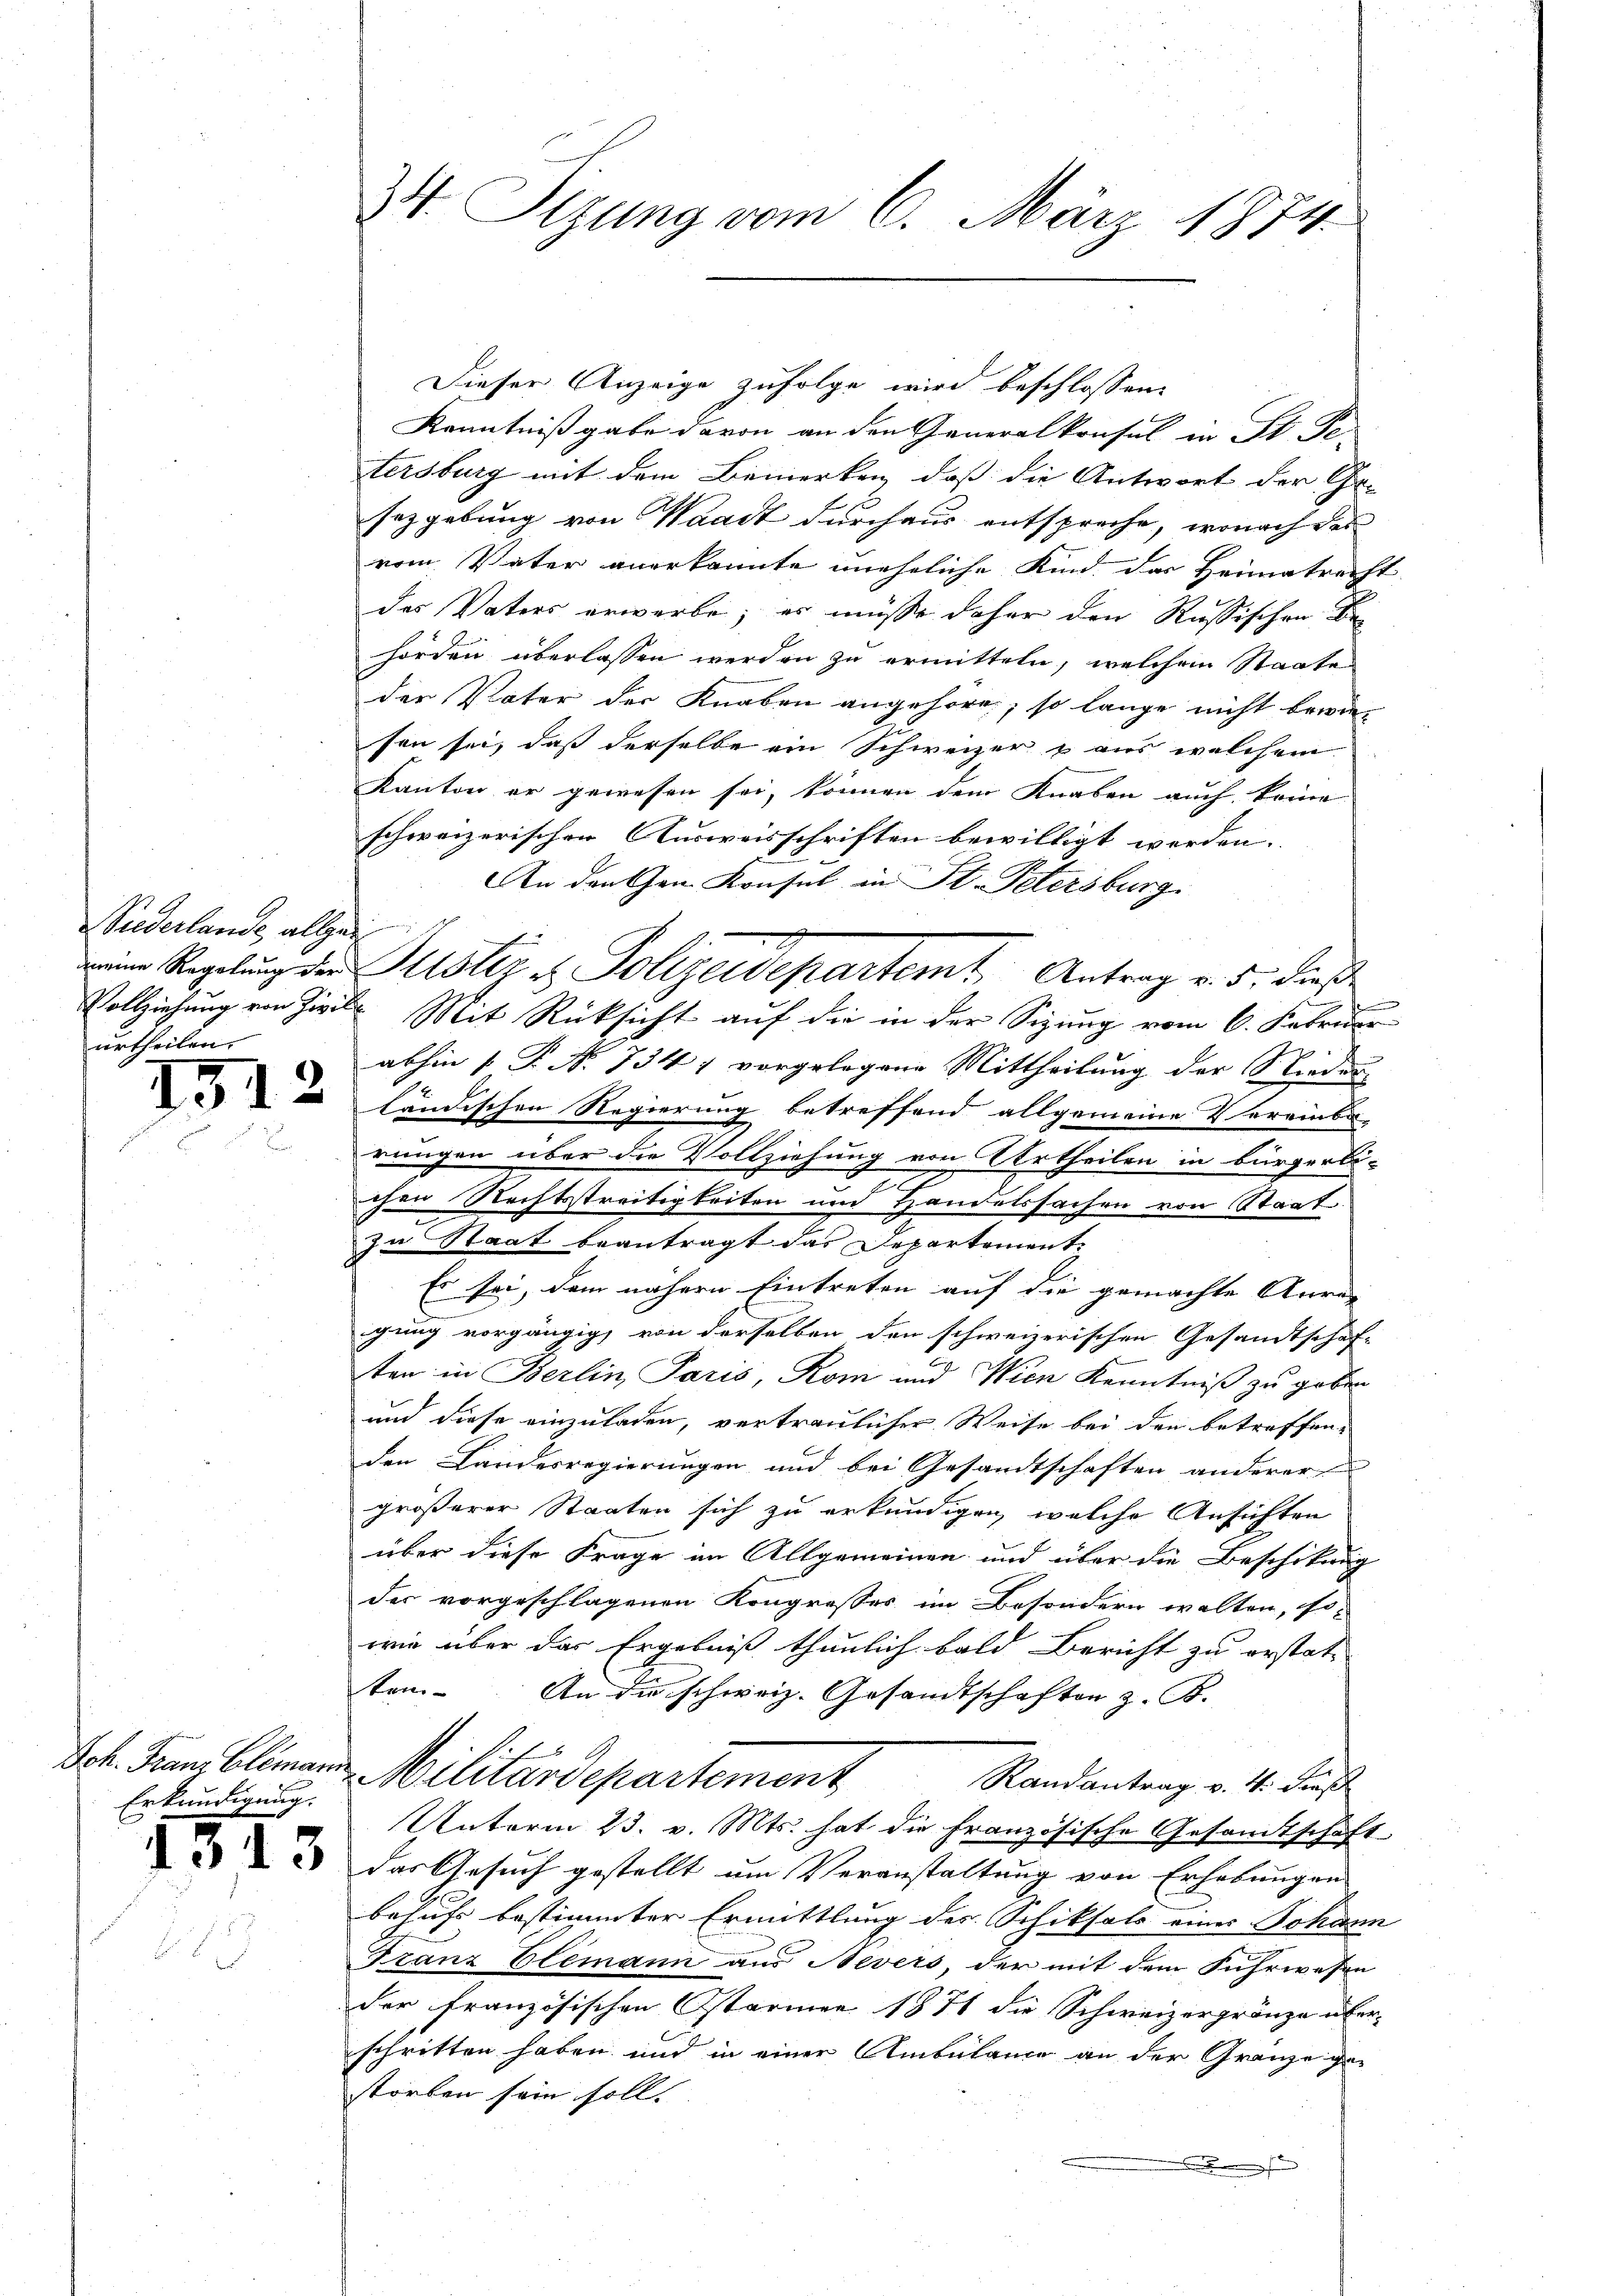
Niederlande, allzei
urtheilen.

1512

Erkundigung.

1/

13

34. Sizung vom 6. März 1874.

Dieser Anzeige zufolge wird beschlossene
Kenntniß gabe davon an den Generalkonsul in St. Pe
tersburg mit dem Bemerken, daß die Antwort der Ge-
sezgebung von Waadt durchaus entspreche, wonach des
vom Vater anerkannte uneheliche Kind das Heimatrecht
das Vaters erwerbe, es müsse daher den Russischen De
hörden überlassen werden zu ermitteln, welchem Staate
der Vater der Knaben angehöre, so lange nicht bewie-
sen sei, daß derselbe ein Schweizer & aus welchem
Kanton er gewesen sei, können dem Knaben auch keine
schweizerischen Ausweisschriften bewilligt werden. |
An den an Konsul in St. Petersburg
Vollziehung von Zivile Mit Rücksicht auf die in der Sitzung vom 6. Februar
abhin [ P. N. 734, vorgelegene Mittheilung der Nieder
ländischen Regierung betreffend allgemeine Vereinba-
rungen über die Vollziehung von Urtheilen in bürgerli-
b
chen Rechtsstreitigkeiten und Handelssachen von Staat.
In Staat beantragt das Departement.
Es sei, dem nähern Eintreten auf die gemachte Anre-
gung vorgängig von derselben den schweizerischen Gesandtschaf-
ten in Berlin Paris, Rom und Wien Kenntniß zu geben
und diese einzuladen, vertraulicher Weise bei den betreffen-
den Landesregierungen und bei Gesandtschaften anderer
größerer Staaten sich zu erkundigen, welche Ansichten
über diese Frage im Allgemeinen und über die Beschikung
der vorgeschlagenen Kongrosses im Besondern walten, so-
wie über das Ergebniß thunlich bald Bericht zu erstat-
ten. An die schweiz. Gesandtschaften z. B.
Sch. Franz blimann Militärdepartement
Randantrag v. 4. Fuß
Unterm 23. v. Mts. hat die Französische Gesandtschaft
das Gesuch gestellt um Veranstaltung von Erhebungen
behufs bestimmter Ermittlung der Schiksale einer Johann
Franz Elemann aus Nevers, der mit dem Fuhrwesen
der französischen Starmer 1871 die Schweizergränze über-
schritten haben und in einer Ambülance an der Gränze ge-
storben sein soll.

weine Regelung der Justiz & Polizeidepartert, Antrag v. 5. dieße